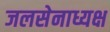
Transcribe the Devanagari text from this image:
जलसेनाध्यक्ष